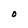
Character: O